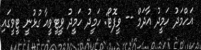
އަހްމަދު ހަމީދު އާދަމް -- ވީފޮޓޯ: ހަމީދު ހަމީދު ވީޓީވީއާ ގުޅުނީ ޓީވީގައި